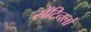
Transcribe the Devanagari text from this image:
सेंटिनलों